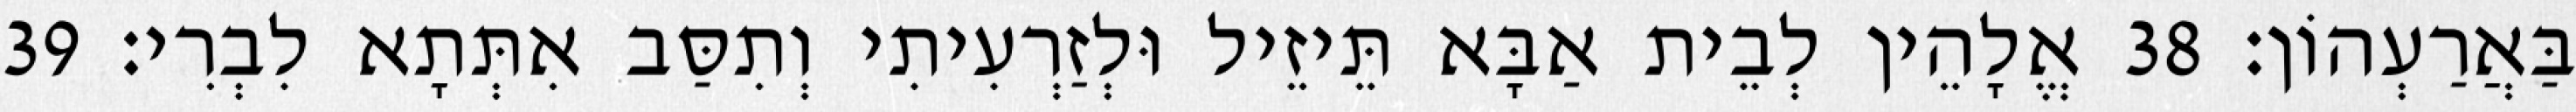
בַּאֲרַעְהוֹן׃ 38 אֱלָהֵין לְבֵית אַבָּא תֵּיזֵיל וּלְזַרְעִיתִי וְתִסַּב אִתְּתָא לִבְרִי׃ 39